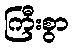
ကြီးစွာ